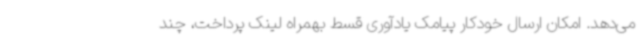
می‌دهد. امکان ارسال خودکار پیامک یادآوری قسط بهمراه لینک پرداخت، چند